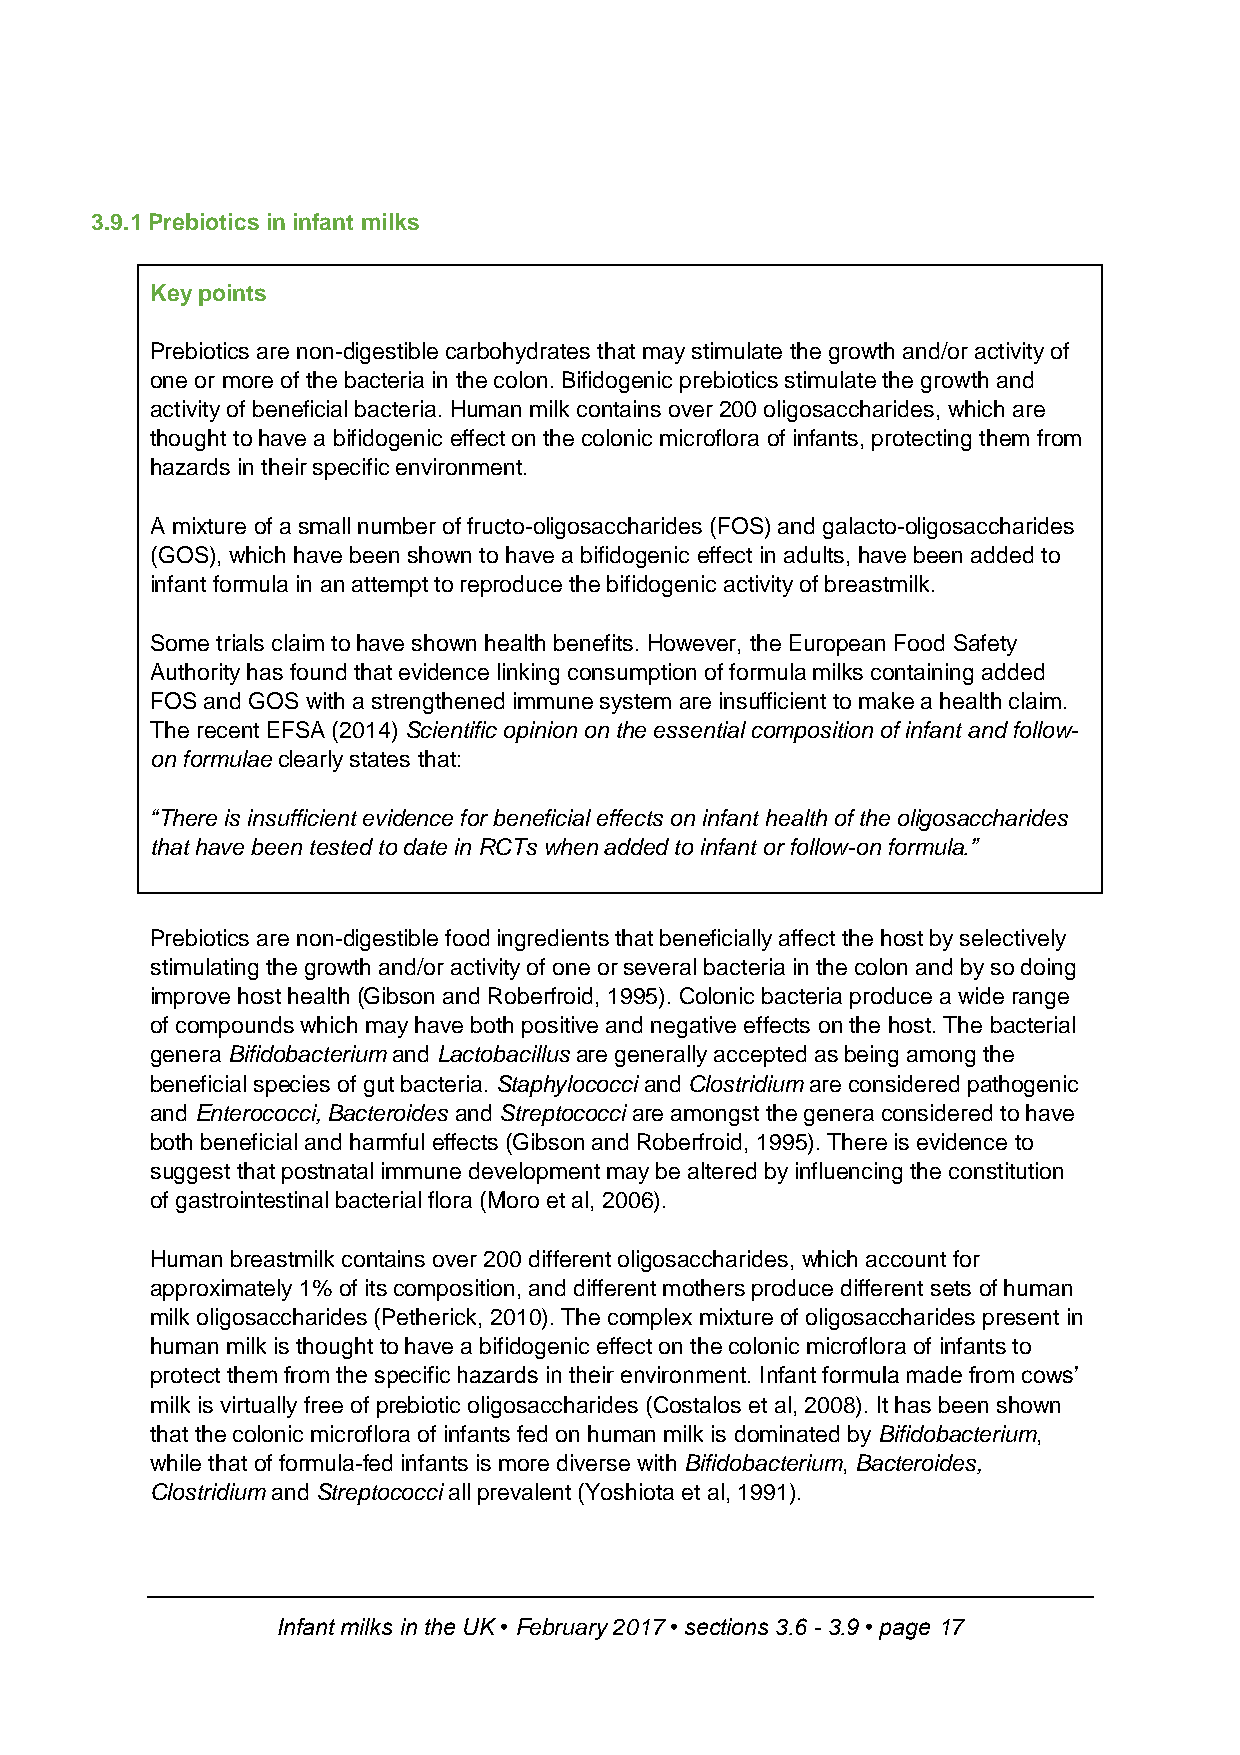
3.9.1 Prebiotics in infant milks
 Key points
 Prebiotics are non-digestible carbohydrates that may stimulate the growth and/or activity of
 one or more of the bacteria in the colon. Bifidogenic prebiotics stimulate the growth and
 activity of beneficial bacteria. Human milk contains over 200 oligosaccharides, which are
 thought to have a bifidogenic effect on the colonic microflora of infants, protecting them from
 hazards in their specific environment.
 A mixture of a small number of fructo-oligosaccharides (FOS) and galacto-oligosaccharides
 (GOS), which have been shown to have a bifidogenic effect in adults, have been added to
 infant formula in an attempt to reproduce the bifidogenic activity of breastmilk.
 Some trials claim to have shown health benefits. However, the European Food Safety
 Authority has found that evidence linking consumption of formula milks containing added
 FOS and GOS with a strengthened immune system are insufficient to make a health claim.
 The recent EFSA (2014) Scientific opinion on the essential composition of infant and follow-
 on formulae clearly states that:
 “There is insufficient evidence for beneficial effects on infant health of the oligosaccharides
 that have been tested to date in RCTs when added to infant or follow-on formula.”
 Prebiotics are non-digestible food ingredients that beneficially affect the host by selectively
 stimulating the growth and/or activity of one or several bacteria in the colon and by so doing
 improve host health (Gibson and Roberfroid, 1995). Colonic bacteria produce a wide range
 of compounds which may have both positive and negative effects on the host. The bacterial
 genera Bifidobacterium and Lactobacillus are generally accepted as being among the
 beneficial species of gut bacteria. Staphylococci and Clostridium are considered pathogenic
 and Enterococci, Bacteroides and Streptococci are amongst the genera considered to have
 both beneficial and harmful effects (Gibson and Roberfroid, 1995). There is evidence to
 suggest that postnatal immune development may be altered by influencing the constitution
 of gastrointestinal bacterial flora (Moro et al, 2006).
 Human breastmilk contains over 200 different oligosaccharides, which account for
 approximately 1% of its composition, and different mothers produce different sets of human
 milk oligosaccharides (Petherick, 2010). The complex mixture of oligosaccharides present in
 human milk is thought to have a bifidogenic effect on the colonic microflora of infants to
 protect them from the specific hazards in their environment. Infant formula made from cows’
 milk is virtually free of prebiotic oligosaccharides (Costalos et al, 2008). It has been shown
 that the colonic microflora of infants fed on human milk is dominated by Bifidobacterium,
 while that of formula-fed infants is more diverse with Bifidobacterium, Bacteroides,
 Clostridium and Streptococci all prevalent (Yoshiota et al, 1991).
 Infant milks in the UK • February 2017 • sections 3.6 - 3.9 • page 17